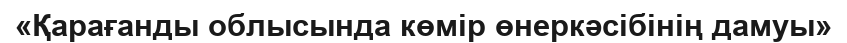
«Қарағанды облысында көмір өнеркәсібінің дамуы»